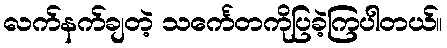
လက်နက်ချတဲ့ သင်္ကေတကိုပြခဲ့ကြပါတယ်။